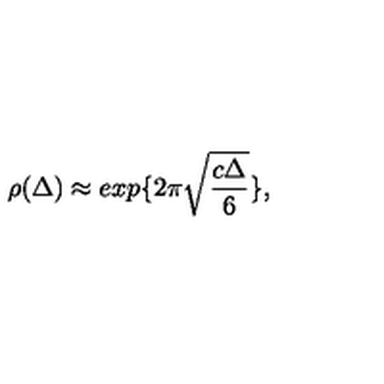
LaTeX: \rho ( \Delta ) \approx e x p \{ 2 \pi \sqrt { \frac { c \Delta } { 6 } } \} ,